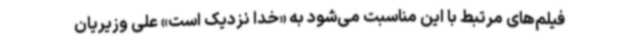
فیلم‌های مرتبط با این مناسبت می‌شود به «خدا نزدیک است» علی وزیریان